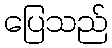
ပြေသည်